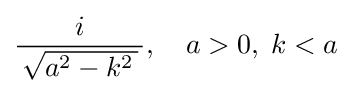
{\frac {i}{\,{\sqrt {a^{2}-k^{2}\,}}\,}},\quad a>0,\;k<a